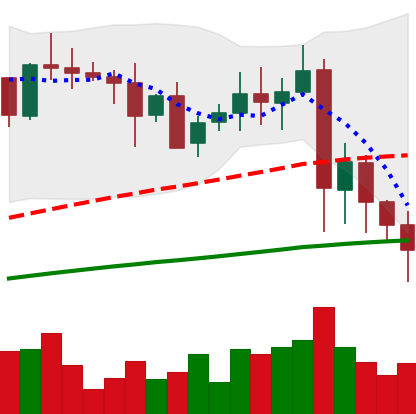
Ticker: XRP-USD
Chart end date: 2021-05-23
Forward return: 12.94%
Label: up_7plus